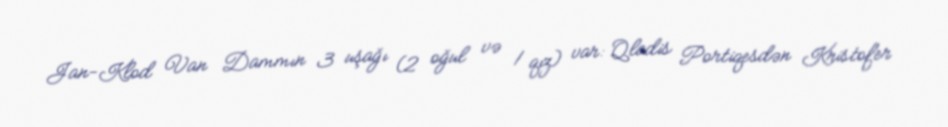
Jan-Klod Van Dammın 3 uşağı (2 oğul və 1 qız) var: Qladis Portiqesdən Kristofer